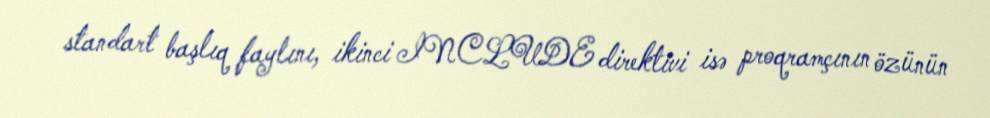
standart başlıq faylını, ikinci INCLUDE direktivi isə proqramçının özünün